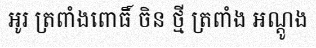
អូរ ត្រពាំងពោធិ៍ ចិន ថ្មី ត្រពាំង អណ្តូង